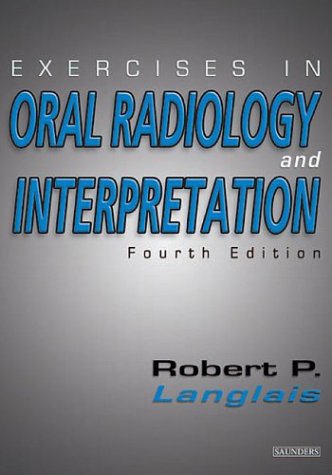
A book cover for Exercises in Oral Radiology and Interpretation, 4e; Robert P. Langlais DDS  PhD (Physics)  MS; Medical Books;